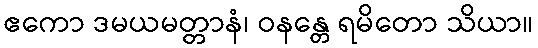
ဧကော ဒမယမတ္တာနံ၊ ဝနန္တေ ရမိတော သိယာ။